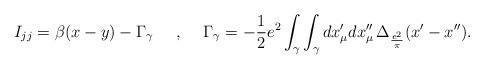
LaTeX: \begin{align*}I_{jj}=\beta(x-y)- \Gamma_\gamma \makebox[.5in]{,}\Gamma_\gamma=-\frac{1}{2}e^2\int_\gamma \int_\gamma dx'_\mu dx''_\mu\, \Delta_{\frac{e^2}{\pi}}(x'-x'').\end{align*}